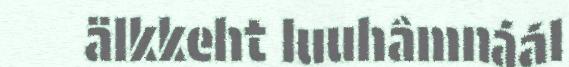
älkkeht luuhâmnáál